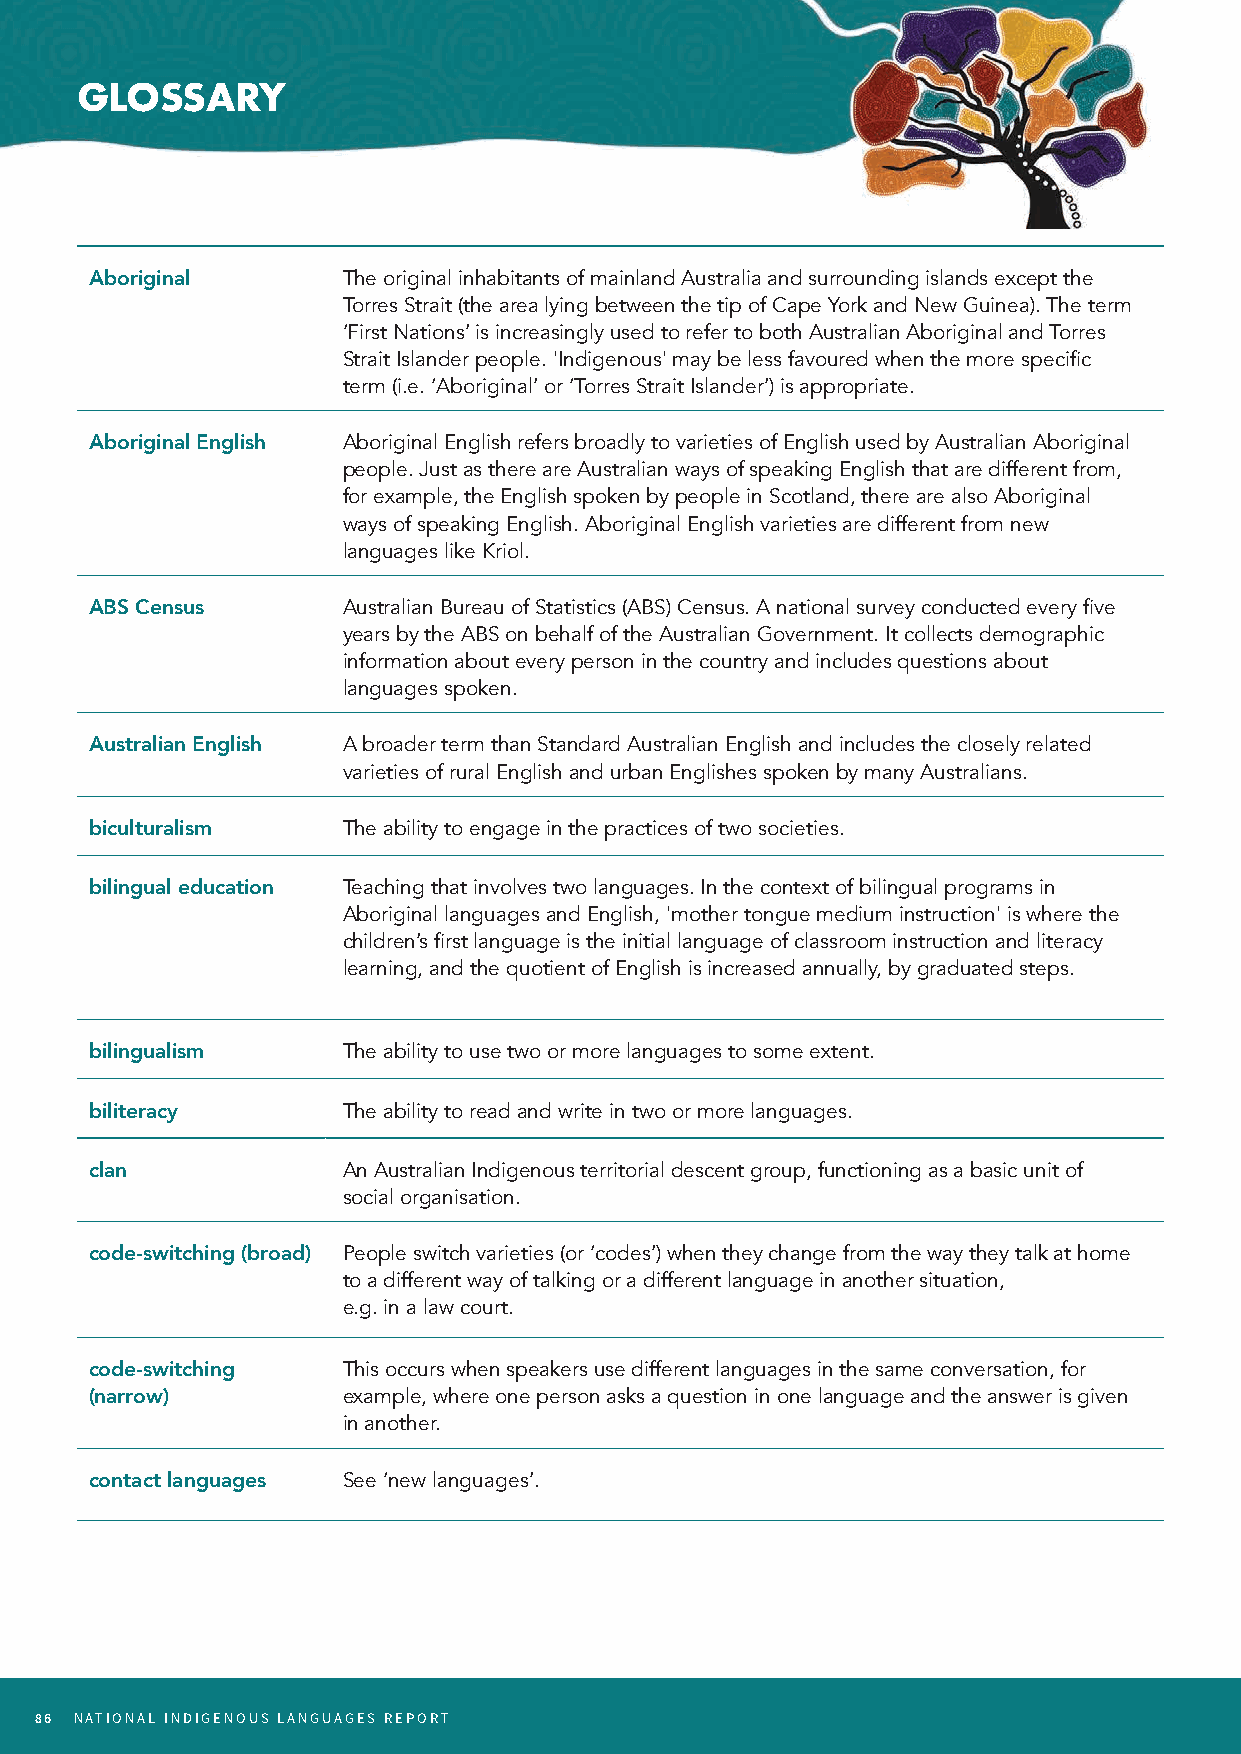
GLOSSARY
 Aboriginal       The original inhabitants of mainland Australia and surrounding islands except the
 Torres Strait (the area lying between the tip of Cape York and New Guinea). The term
 ‘First Nations’ is increasingly used to refer to both Australian Aboriginal and Torres
 Strait Islander people. 'Indigenous' may be less favoured when the more specific
 term (i.e. ‘Aboriginal’ or ‘Torres Strait Islander’) is appropriate.
 Aboriginal English Aboriginal English refers broadly to varieties of English used by Australian Aboriginal
 people. Just as there are Australian ways of speaking English that are different from,
 for example, the English spoken by people in Scotland, there are also Aboriginal
 ways of speaking English. Aboriginal English varieties are different from new
 languages like Kriol.
 ABS Census       Australian Bureau of Statistics (ABS) Census. A national survey conducted every five
 years by the ABS on behalf of the Australian Government. It collects demographic
 information about every person in the country and includes questions about
 languages spoken.
 Australian English A broader term than Standard Australian English and includes the closely related
 varieties of rural English and urban Englishes spoken by many Australians.
 biculturalism    The ability to engage in the practices of two societies.
 bilingual education Teaching that involves two languages. In the context of bilingual programs in
 Aboriginal languages and English, 'mother tongue medium instruction' is where the
 children’s first language is the initial language of classroom instruction and literacy
 learning, and the quotient of English is increased annually, by graduated steps.
 bilingualism     The ability to use two or more languages to some extent.
 biliteracy       The ability to read and write in two or more languages.
 clan             An Australian Indigenous territorial descent group, functioning as a basic unit of
 social organisation.
 code-switching (broad) People switch varieties (or ‘codes’) when they change from the way they talk at home
 to a different way of talking or a different language in another situation,
 e.g. in a law court.
 code-switching   This occurs when speakers use different languages in the same conversation, for
 (narrow)         example, where one person asks a question in one language and the answer is given
 in another.
 contact languages See ‘new languages’.
 86 NATIONAL INDIGENOUS LANGUAGES REPORT